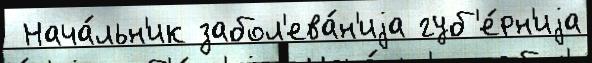
 Нача́льн'ик забол'ева́н'иjа губ'е́рн'иjа